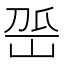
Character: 𡶳